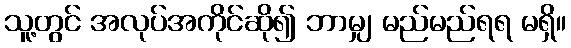
သူ့တွင် အလုပ်အကိုင်ဆို၍ ဘာမျှ မည်မည်ရရ မရှိ။